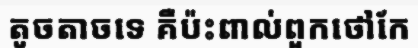
តូចតាចទេ គឺប៉ះពាល់ពួកថៅកែ